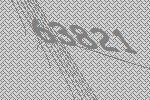
63821